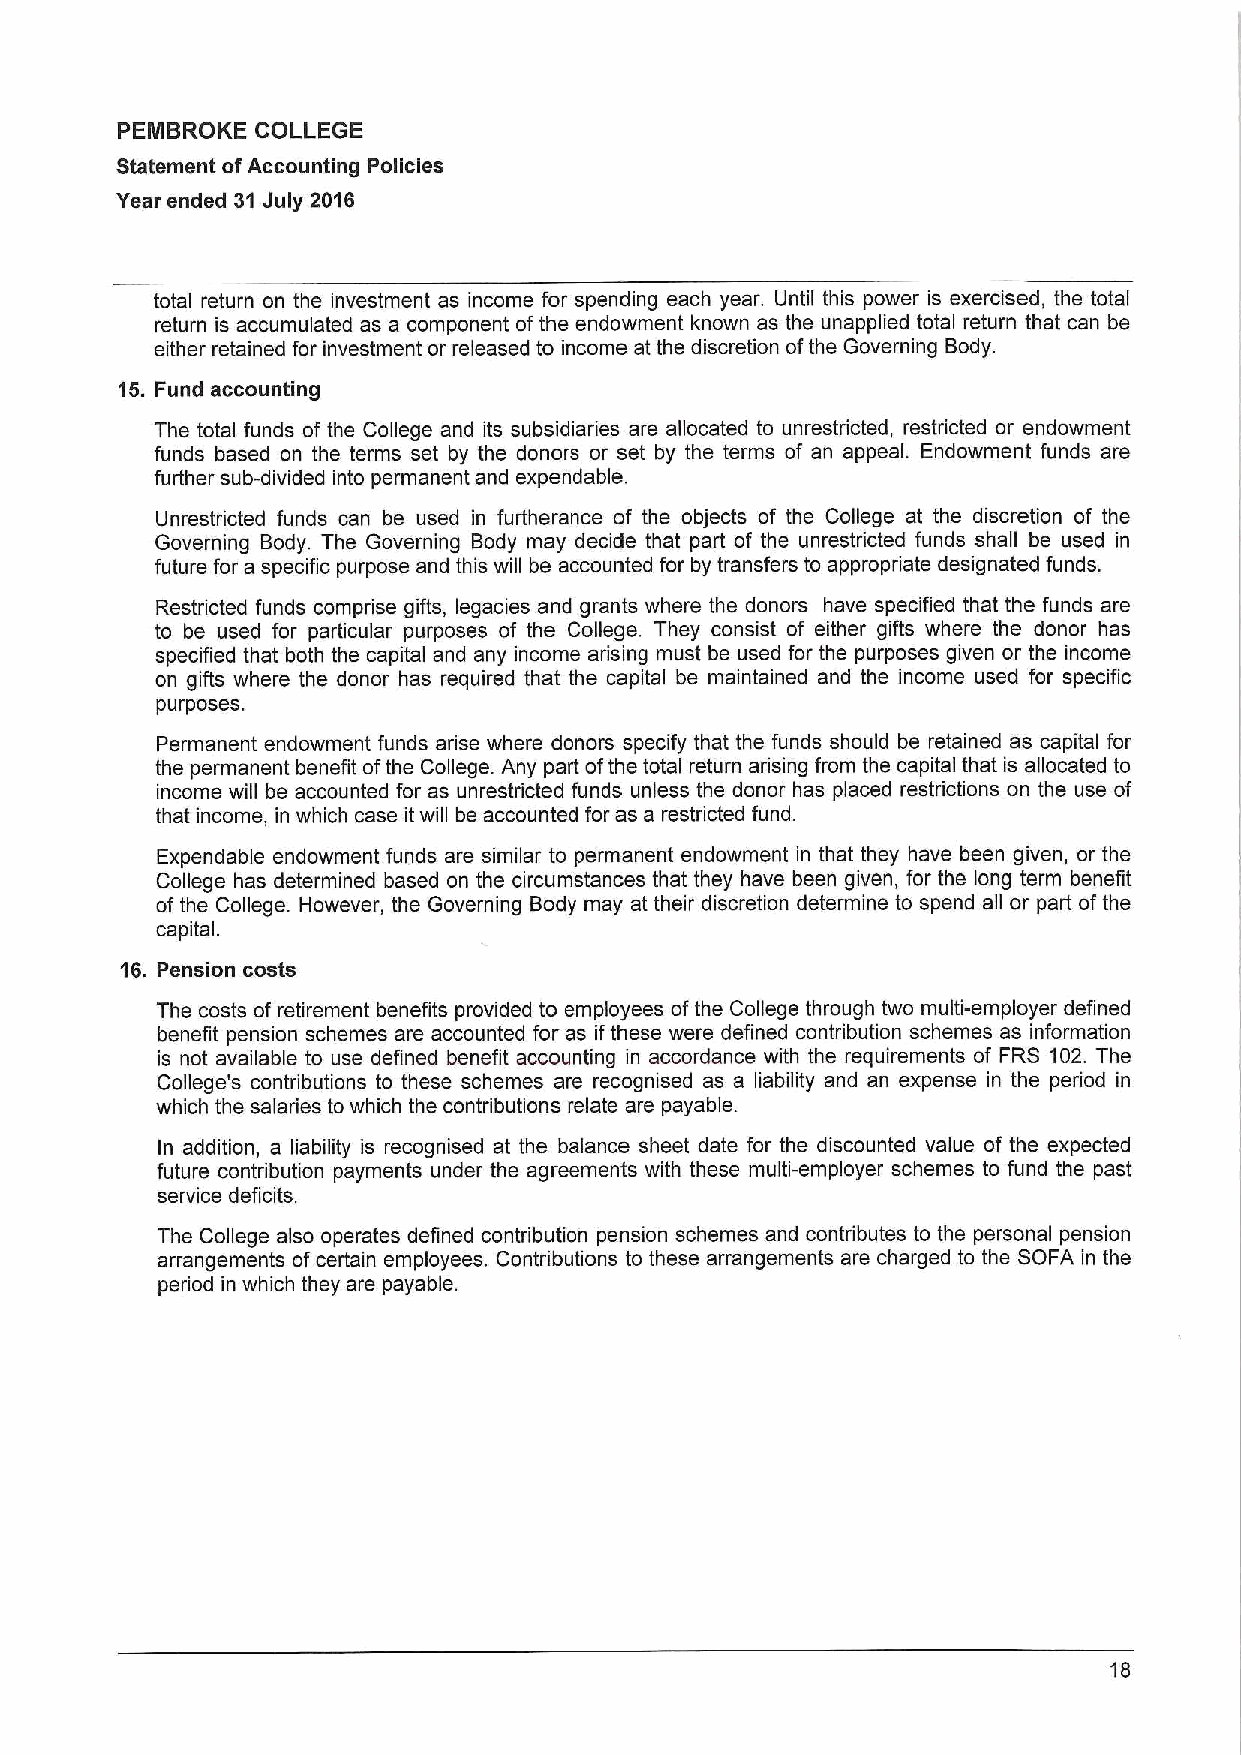
PEMBROKE COLLEGE
 Statement ofAccounting Policies
 Year ended 31July 2016
 total return on the investment as income for spending each year. Until this power is exercised, the total
 return is accumulated as a component ofthe endowment known as the unapplied total return that can be
 either retained for investment or released to income at the discretion ofthe Governing Body.
 15. Fund accounting
 The total funds of the College and its subsidiaries are allocated to unrestricted, restricted or endowment
 funds based on the terms set by the donors or set by the terms of an appeal. Endowment funds are
 further sub-divided into permanent and expendable.
 Unrestricted funds can be used in furtherance of the objects of the College at the discretion of the
 Governing Body. The Governing Body may decide that part of the unrestricted funds shall be used in
 future for a specific purpose and this will be accounted for by transfers to appropriate designated funds.
 Restricted funds compdse gifts, legacies and grants where the donors have specified that the funds are
 to be used for particular purposes of the College. They consist of either gifts where the donor has
 specified that both the capital and any income arising must be used for the purposes given or the income
 on gifts where the donor has required that the capital be maintained and the income used for specific
 purposes.
 Permanent endowment funds arise where donors specify that the funds should be retained as capital for
 the permanent benefit ofthe College. Any part ofthe total return arising from the capital that is allocated to
 income will be accounted for as unrestricted funds unless the donor has placed restrictions on the use of
 that income, in which case itwill be accounted for as a restricted fund.
 Expendable endowment funds are similar to permanent endowment in that they have been given, or the
 College has determined based on the circumstances that they have been given, for the long term benefit
 of the College. However, the Governing Body may at their discretion determine to spend all or part ofthe
 capital.
 16. Pension costs
 The costs of retirement benefits provided to employees ofthe College through two multi-employer defined
 benefit pension schemes are accounted for as ifthese were defined contribution schemes as information
 is not available to use defined benefit accounting in accordance with the requirements of FRS 102. The
 College's contributions to these schemes are recognised as a liability and an expense in the period in
 which the salaries to which the contributions relate are payable.
 In addition, a liability is recognised at the balance sheet date for the discounted value of the expected
 future contribution payments under the agreements with these multi-employer schemes to fund the past
 service deficits.
 The College also operates defined contribution pension schemes and contributes to the personal pension
 arrangements ofcertain employees. Contributions to these arrangements are charged to the SOFA in the
 period in which they are payable.
 18